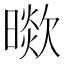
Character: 𣊞